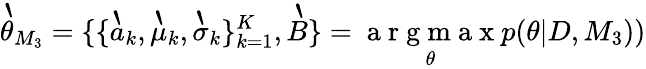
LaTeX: \grave{\theta}_{M_{3}}=\{ \{ \grave{a}_{k},\grave{\mu}_{k},\grave{\sigma}_{k}\} _{k=1}^{K},\grave{B}\} =\underset{\theta}{\mathrm{~a~r~g~m~a~x~}}p(\theta|D,M_{3}))